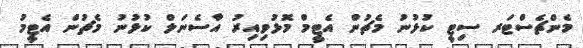
މެންޗެސްޓަރ ސިޓީ ކުޅުނު މެޗުން އެޓީމް މޮޅުވިއިރު އާސެނަލް ކުޅުނު މެޗުން އެޓީމު